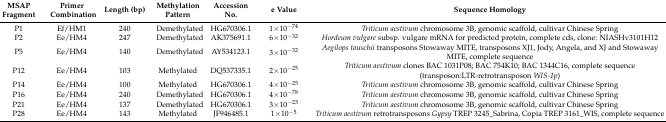
<table><thead><tr><td><b>MSAP Fragment</b></td><td><b>Primer Combination</b></td><td><b>Length (bp)</b></td><td><b>Methylation Pattern</b></td><td><b>Accession No.</b></td><td><b>e Value</b></td><td><b>Sequence Homology</b></td></tr></thead><tbody><tr><td>P1</td><td>Ef/HM1</td><td>240</td><td>Demethylated</td><td>HG670306.1</td><td>1×10<sup>−74</sup></td><td><i>Triticum aestivum</i> chromosome 3B, genomic scaffold, cultivar Chinese Spring</td></tr><tr><td>P2</td><td>Ee/HM4</td><td>247</td><td>Demethylated</td><td>AK375691.1</td><td>6×10<sup>−32</sup></td><td><i>Hordeum vulgare</i> subsp. vulgare mRNA for predicted protein, complete cds, clone: NIASHv3101H12</td></tr><tr><td>P5</td><td>Ee/HM4</td><td>140</td><td>Demethylated</td><td>AY534123.1</td><td>3×10<sup>−32</sup></td><td><i>Aegilops tauschii</i> transposons Stowaway MITE, transposons XJ1, Jody, Angela, and XJ and Stowaway MITE, complete sequence </td></tr><tr><td>P12</td><td>Ee/HM4</td><td>103</td><td>Methylated</td><td>DQ537335.1</td><td>2×10<sup>−25</sup></td><td><i>Triticum aestivum</i> clones BAC 1031P08; BAC 754K10; BAC 1344C16, complete sequence (transposon:LTR-retrotransposon <i>WIS-1p</i>)</td></tr><tr><td>P14</td><td>Ee/HM4</td><td>100</td><td>Methylated</td><td>HG670306.1</td><td>4×10<sup>−25</sup></td><td><i>Triticum aestivum</i> chromosome 3B, genomic scaffold, cultivar Chinese Spring</td></tr><tr><td>P16</td><td>Ee/HM4</td><td>240</td><td>Demethylated</td><td>HG670306.1</td><td>4×10<sup>−78</sup></td><td><i>Triticum aestivum</i> chromosome 3B, genomic scaffold, cultivar Chinese Spring</td></tr><tr><td>P21</td><td>Ee/HM4</td><td>137</td><td>Demethylated</td><td>HG670306.1</td><td>3×10<sup>−23</sup></td><td><i>Triticum aestivum</i> chromosome 3B, genomic scaffold, cultivar Chinese Spring</td></tr><tr><td>P28</td><td>Ee/HM4</td><td>143</td><td>Methylated</td><td>JF946485.1</td><td>1×10<sup>−5</sup></td><td><i>Triticum aestivum</i> retrotransposons <i>Gypsy</i> TREP 3245_Sabrina, Copia TREP 3161_WIS, complete sequence</td></tr></tbody></table>